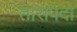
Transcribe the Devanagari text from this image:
तारापदो